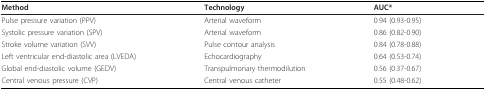
| Method | Technology | AUC* |
 | --- | --- | --- |
 | Pulse pressure variation (PPV) | Arterial waveform | 0.94 (0.93-0.95) |
 | Systolic pressure variation (SPV) | Arterial waveform | 0.86 (0.82-0.90) |
 | Stroke volume variation (SVV) | Pulse contour analysis | 0.84 (0.78-0.88) |
 | Left ventricular end-diastolic area (LVEDA) | Echocardiography | 0.64 (0.53-0.74) |
 | Global end-diastolic volume (GEDV) | Transpulmonary thermodilution | 0.56 (0.37-0.67) |
 | Central venous pressure (CVP) | Central venous catheter | 0.55 (0.48-0.62) |